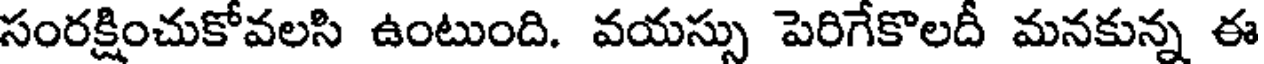
సంరక్షించుకోవలసి ఉంటుంది. వయస్సు పెరిగేకొలదీ మనకున్న ఈ